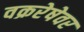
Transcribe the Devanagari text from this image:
वक्ररेषेवर